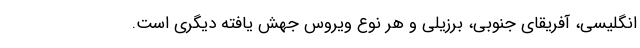
انگلیسی، آفریقای جنوبی، برزیلی و هر نوع ویروس جهش یافته دیگری است.